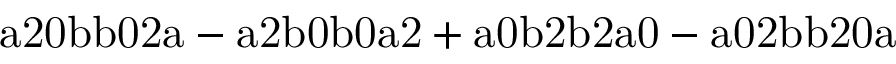
\mathrm { a 2 0 b b 0 2 a - a 2 b 0 b 0 a 2 + a 0 b 2 b 2 a 0 - a 0 2 b b 2 0 a }